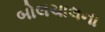
બોલચાલના